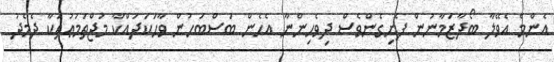
އެންމެ އެވޭލާ ބޯދާޒަމާނުން ފެށިގެންވެސް ދިވެހިންނާ އެހެން ބަސްބަހުން ވާހަކަދައްކާ މުޖްތަމަޢުތަކާ ދެމެދު